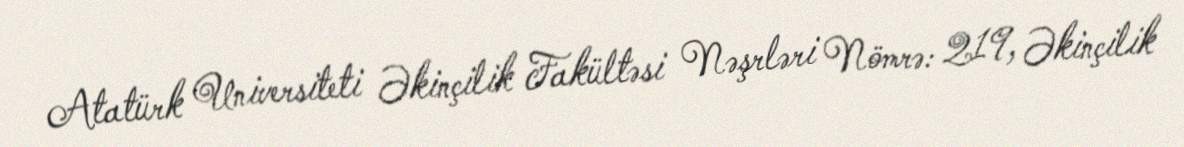
Atatürk Universiteti Əkinçilik Fakültəsi Nəşrləri Nömrə: 219, Əkinçilik